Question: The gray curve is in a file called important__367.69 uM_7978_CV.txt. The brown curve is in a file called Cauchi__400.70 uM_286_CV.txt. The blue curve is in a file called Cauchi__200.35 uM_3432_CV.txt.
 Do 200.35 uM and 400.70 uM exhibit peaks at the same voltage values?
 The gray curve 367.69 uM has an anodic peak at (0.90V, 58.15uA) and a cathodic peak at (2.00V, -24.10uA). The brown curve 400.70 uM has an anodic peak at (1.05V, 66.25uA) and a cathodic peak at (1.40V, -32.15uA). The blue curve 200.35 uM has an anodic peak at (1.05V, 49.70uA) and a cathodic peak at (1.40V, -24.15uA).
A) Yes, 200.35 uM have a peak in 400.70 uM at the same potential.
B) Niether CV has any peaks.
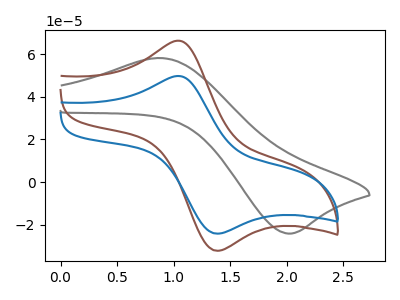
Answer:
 <answer>A) Yes, "200.35 uM" have a peak in "400.70 uM" at the same potential.</answer>
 <eval>A</eval>